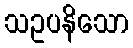
သဥပနိသော